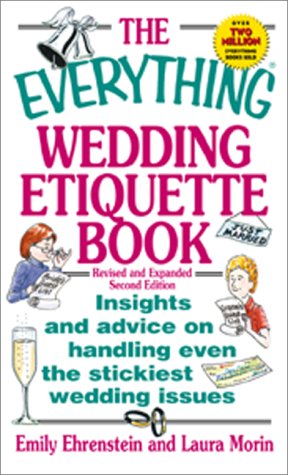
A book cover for The Everything Wedding Etiquette Book: Insights and Advice on Handling Even the Stickiest Wedding Issues; Emily Ehrenstein; Crafts, Hobbies & Home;